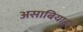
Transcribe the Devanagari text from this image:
असाबियाह